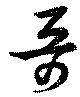
哥